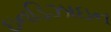
ઇનડિઝાઇન